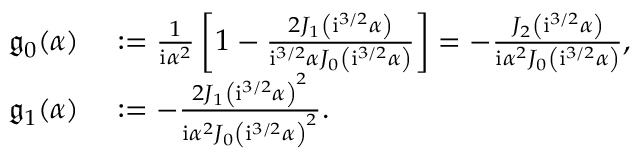
\begin{array} { r l } { \mathfrak { g } _ { 0 } ( { \alpha } ) } & { { } : = \frac { 1 } { \mathrm { i } \alpha ^ { 2 } } \left[ 1 - \frac { 2 J _ { 1 } \left( \mathrm { i } ^ { 3 / 2 } { \alpha } \right) } { \mathrm { i } ^ { 3 / 2 } { \alpha } J _ { 0 } \left( \mathrm { i } ^ { 3 / 2 } \alpha \right) } \right] = - \frac { J _ { 2 } \left( \mathrm { i } ^ { 3 / 2 } \alpha \right) } { \mathrm { i } \alpha ^ { 2 } J _ { 0 } \left( \mathrm { i } ^ { 3 / 2 } \alpha \right) } , } \\ { \mathfrak { g } _ { 1 } ( { \alpha } ) } & { { } : = - \frac { 2 J _ { 1 } \left( \mathrm { i } ^ { 3 / 2 } \alpha \right) ^ { 2 } } { \mathrm { i } \alpha ^ { 2 } J _ { 0 } \left( \mathrm { i } ^ { 3 / 2 } \alpha \right) ^ { 2 } } . } \end{array}